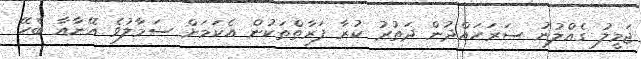
ޖަމީލު ގެއްލުނު ސަރަހައްދުން ދަތުރު ކުރާ ފަރާތްތަކުން އެކަމަށް ސަމާލުވެ އޭނާއާ ބެހޭ